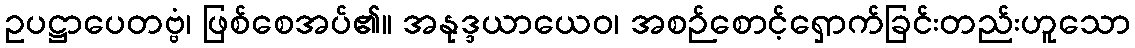
ဥပဋ္ဌာပေတဗ္ဗံ၊ ဖြစ်စေအပ်၏။ အနုဒ္ဒယာယေဝ၊ အစဉ်စောင့်ရှောက်ခြင်းတည်းဟူသော